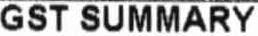
GST SUMMARY